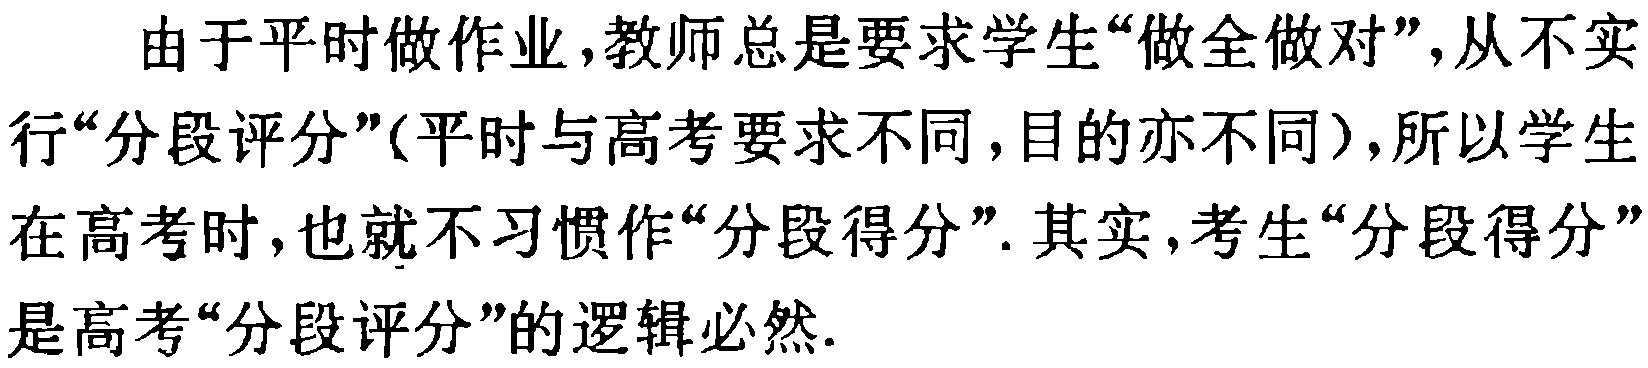
由于平时做作业,教师总是要求学生“做全做对”,从不实
行“分段评分”(平时与高考要求不同,目的亦不同),所以学生
在高考时,也就不习惯作“分段得分”. 其实,考生“分段得分”
是高考“分段评分”的逻辑必然.